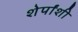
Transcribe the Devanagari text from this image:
शेर्पांशी